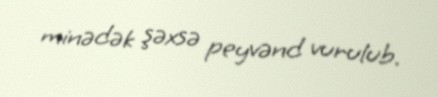
minədək şəxsə peyvənd vurulub.